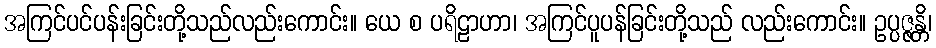
အကြင်ပင်ပန်းခြင်းတို့သည်လည်းကောင်း။ ယေ စ ပရိဠာဟာ၊ အကြင်ပူပန်ခြင်းတို့သည် လည်းကောင်း။ ဥပ္ပဇ္ဇန္တိ၊